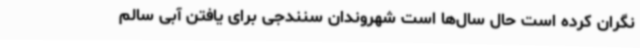
نگران کرده است حال سال‌ها است شهروندان سنندجی برای یافتن آبی سالم